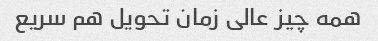
همه چیز عالی زمان تحویل هم سریع